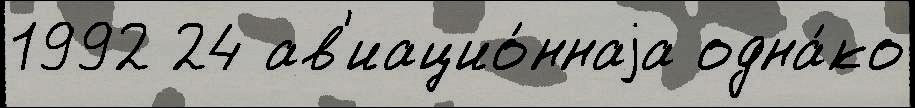
1992 24 ав'иацио́ннаjа одна́ко